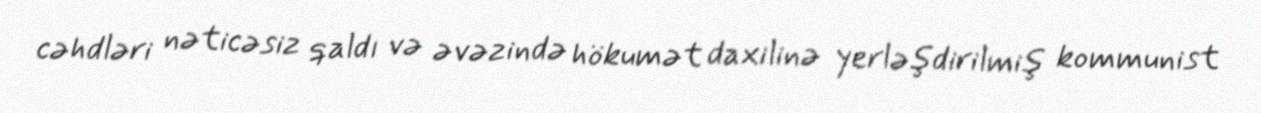
cəhdləri nəticəsiz qaldı və əvəzində hökumət daxilinə yerləşdirilmiş kommunist